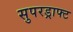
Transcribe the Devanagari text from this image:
सुपरड्राफ्ट